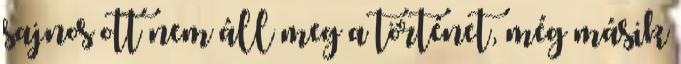
sajnos ott nem áll meg a történet, még másik